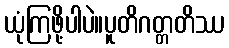
ယုံကြဖို့ပါပဲ။ပူတိဂတ္တတိဿ